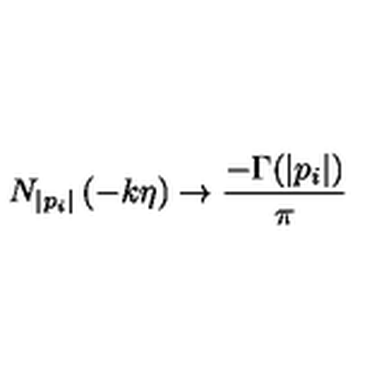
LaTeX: N _ { | p _ { i } | } \left( - k \eta \right) \to \frac { - \Gamma ( | p _ { i } | ) } { \pi }